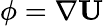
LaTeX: \phi=\nabla\textbf{U}